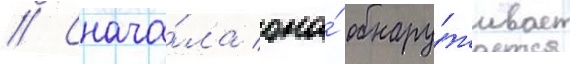
// Снача́ла она́ обнару́живает